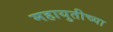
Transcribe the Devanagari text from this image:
महायुतीच्या